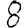
Digit: 8